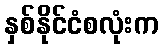
နှစ်နိုင်ငံစလုံးက